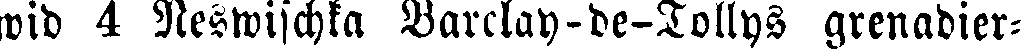
wid 4 Neswischka Varclay-de-Tollys grenadier-